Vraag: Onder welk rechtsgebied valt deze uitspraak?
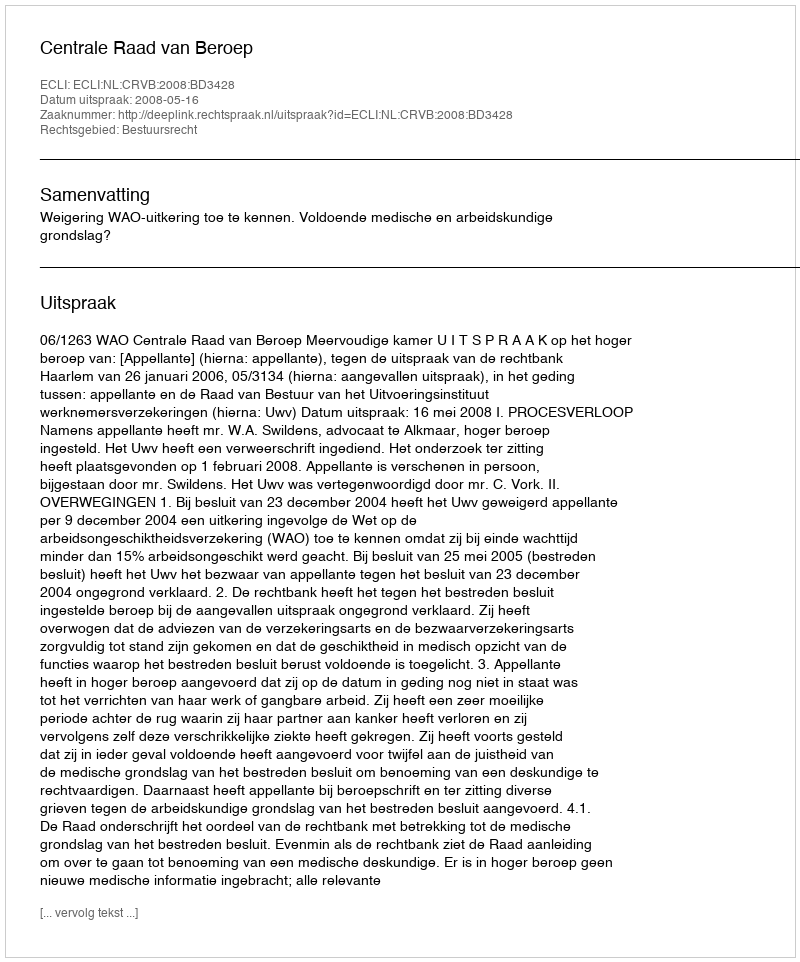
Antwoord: Bestuursrecht